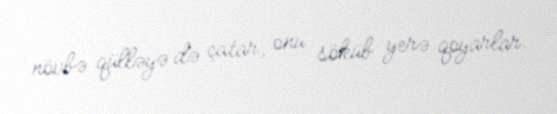
növbə qülləyə də çatar, onu söküb yerə qoyarlar.